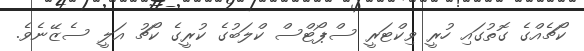
ކޯޗެއްގެ ގޮތުގައި ހުރީ ވިކްޓަރީ ސްޕޯޓްސް ކްލަބުގެ ކުރީގެ ކޯޗު އަލީ ސެޒޭނެވެ.